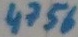
Text: 4756